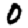
Digit: 0